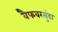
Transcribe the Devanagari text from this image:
वैफवरसुंडा